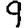
Digit: 9